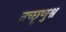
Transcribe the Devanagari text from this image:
तच्छृणुश्व